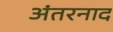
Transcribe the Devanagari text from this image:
अंतरनाद